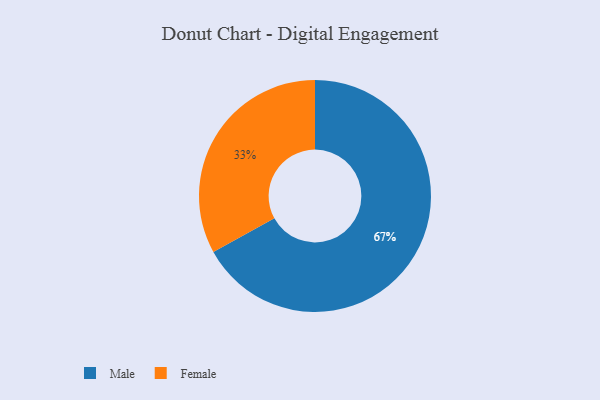
{"axis": {"x": "Category", "y": "Percentage"}, "legend": ["Female", "Male"], "data": [{"x": "Female", "y": 33, "type": "Female"}, {"x": "Male", "y": 67, "type": "Male"}]}